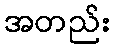
အတည်း